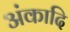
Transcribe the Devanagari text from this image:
अंकादि